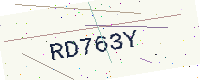
Text: RD763Y